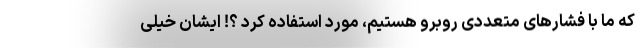
که ما با فشارهای متعددی روبرو هستیم، مورد استفاده کرد ؟! ایشان خیلی